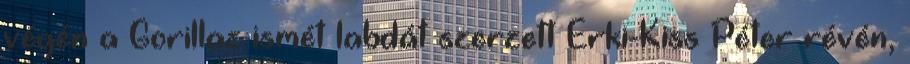
végén a Gorillaz ismét labdát szerzett Erki-Kiss Péter révén,